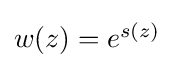
{\textstyle w(z)=e^{s(z)}}